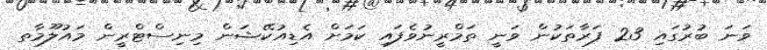
ވަނަ ބުރުގައި 23 ފަރާތަކުން ވަނީ ތަމްރީނުވެފައި ކަމަށް އެޑިއުކޭޝަން މިނިސްޓްރީން މައުލޫމާތ